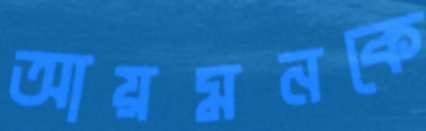
আয়মনকে